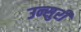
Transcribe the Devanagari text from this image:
उन्सुरी